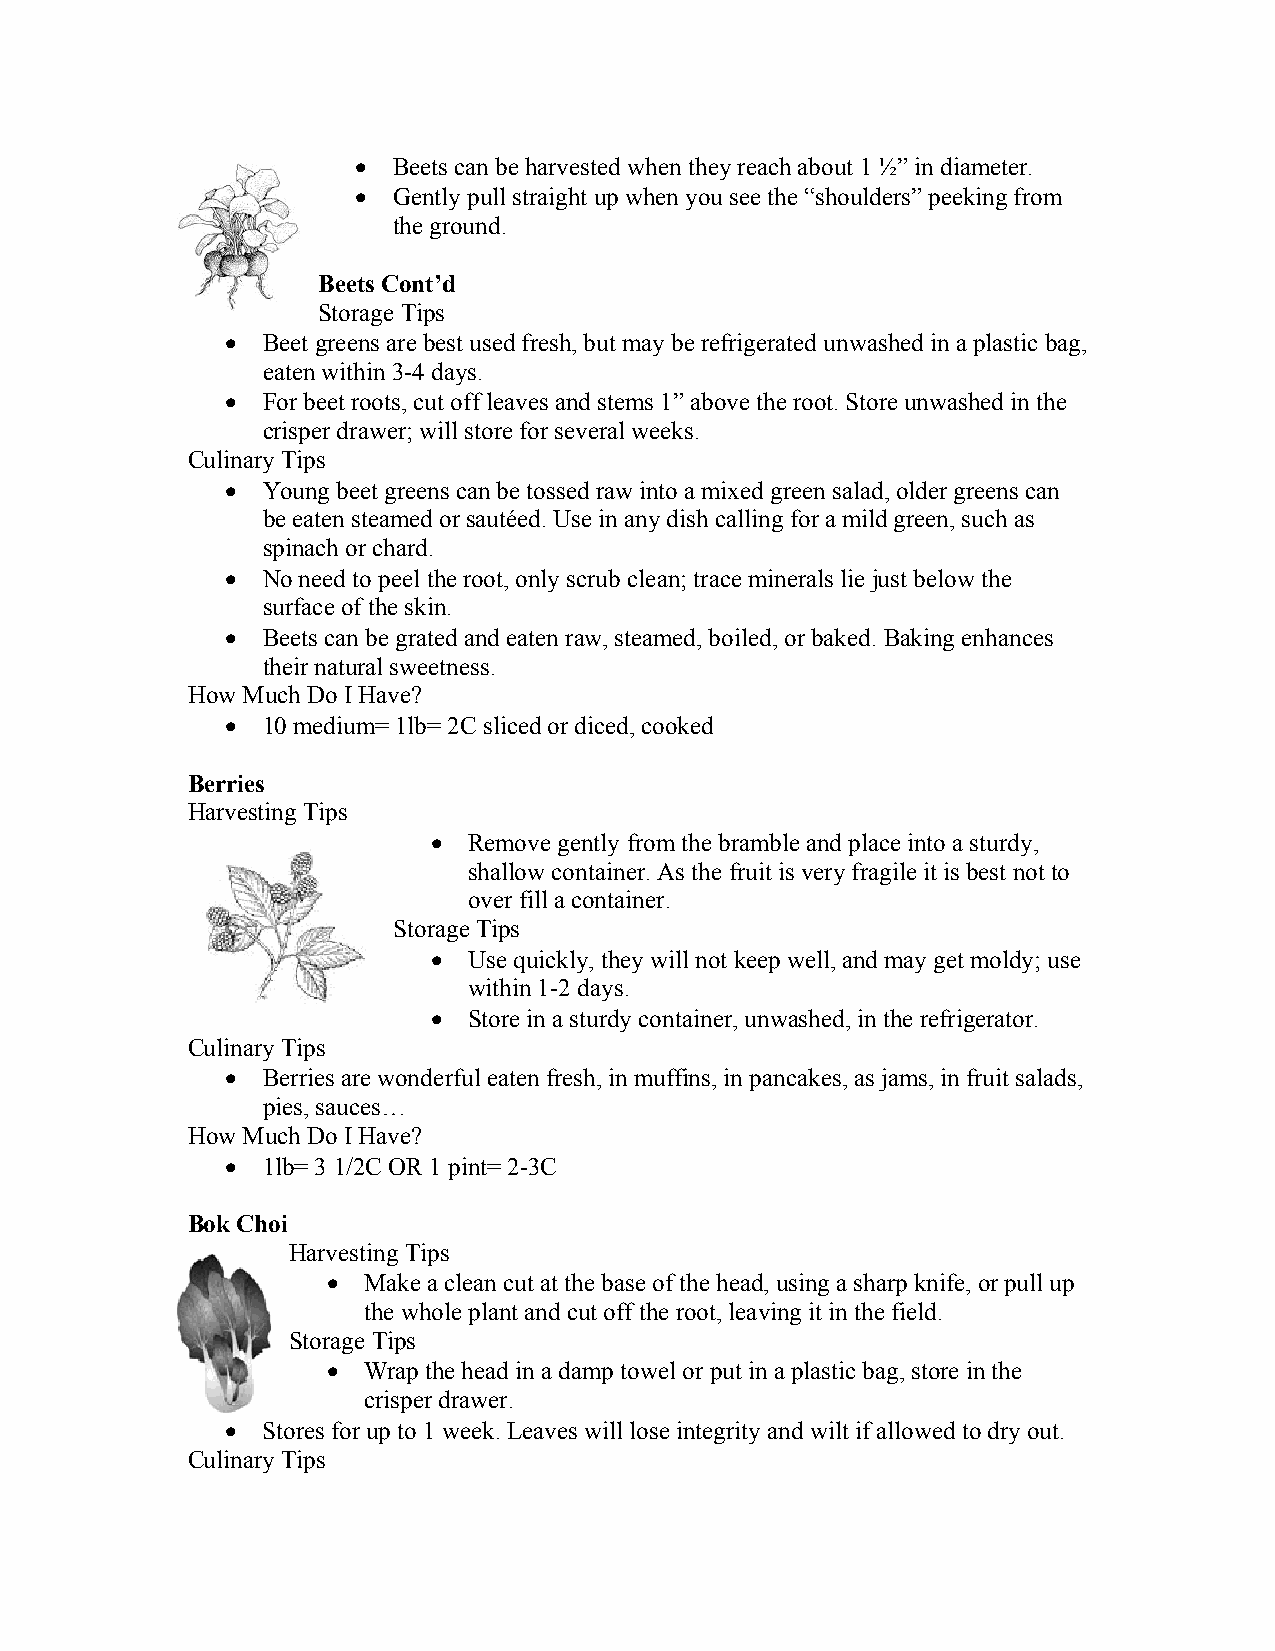
 Beets can be harvested when they reach about 1 ½” in diameter.
  Gently pull straight up when you see the “shoulders” peeking from
 the ground.
 Beets Cont’d
 Storage Tips
  Beet greens are best used fresh, but may be refrigerated unwashed in a plastic bag,
 eaten within 3-4 days.
  For beet roots, cut off leaves and stems 1” above the root. Store unwashed in the
 crisper drawer; will store for several weeks.
 Culinary Tips
  Young beet greens can be tossed raw into a mixed green salad, older greens can
 be eaten steamed or sautéed. Use in any dish calling for a mild green, such as
 spinach or chard.
  No need to peel the root, only scrub clean; trace minerals lie just below the
 surface of the skin.
  Beets can be grated and eaten raw, steamed, boiled, or baked. Baking enhances
 their natural sweetness.
 How Much Do I Have?
  10 medium= 1lb= 2C sliced or diced, cooked
 Berries
 Harvesting Tips
  Remove gently from the bramble and place into a sturdy,
 shallow container. As the fruit is very fragile it is best not to
 over fill a container.
 Storage Tips
  Use quickly, they will not keep well, and may get moldy; use
 within 1-2 days.
  Store in a sturdy container, unwashed, in the refrigerator.
 Culinary Tips
  Berries are wonderful eaten fresh, in muffins, in pancakes, as jams, in fruit salads,
 pies, sauces…
 How Much Do I Have?
  1lb= 3 1/2C OR 1 pint= 2-3C
 Bok Choi
 Harvesting Tips
  Make a clean cut at the base of the head, using a sharp knife, or pull up
 the whole plant and cut off the root, leaving it in the field.
 Storage Tips
  Wrap the head in a damp towel or put in a plastic bag, store in the
 crisper drawer.
  Stores for up to 1 week. Leaves will lose integrity and wilt if allowed to dry out.
 Culinary Tips